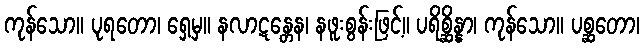
ကုန်သော။ ပုရတော၊ ရှေ့မှ။ နလာဋန္တေန၊ နဖူးစွန်းဖြင့်။ ပရိစ္ဆိန္နာ၊ ကုန်သော။ ပစ္ဆတော၊